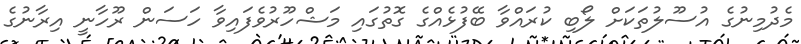
މެދުމިނުގެ އުސޫލުތަކަށް ލޯބި ކުރައްވާ ބޭފުޅެއްގެ ގޮތުގައި މަޝްހޫރުވެފައިވާ ހަސަން ރޫހާނީ އިރާނުގެ